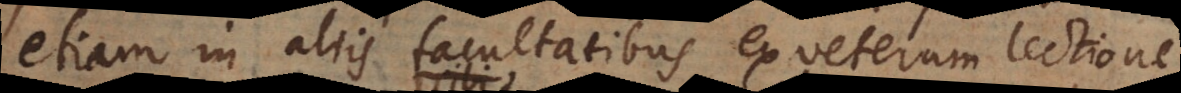
etiam in aliis facultatibus ex veterum lectione